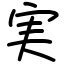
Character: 実